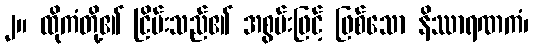
၂။ ထိုကံတို့၏ ငြိမ်းသည်၏ အစွမ်းဖြင့် ဖြစ်သော နိဿာရဏကံ၊